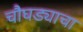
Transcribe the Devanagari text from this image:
चौघड्याचा